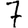
Digit: 7